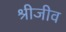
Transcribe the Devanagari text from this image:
श्रीजीव